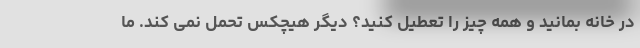
در خانه بمانید و همه چیز را تعطیل کنید؟ دیگر هیچکس تحمل نمی کند. ما